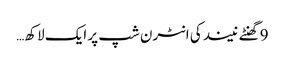
9 گھنٹے نیند کی انٹرن شپ پر ایک لاکھ…